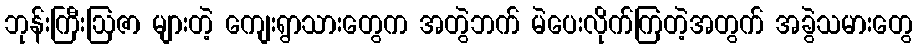
ဘုန်းကြီးဩဇာ များတဲ့ ကျေးရွာသားတွေက အတွဲဘက် မဲပေးလိုက်ကြတဲ့အတွက် အခွဲသမားတွေ